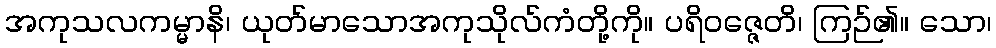
အကုသလကမ္မာနိ၊ ယုတ်မာသောအကုသိုလ်ကံတို့ကို။ ပရိဝဇ္ဇေတိ၊ ကြဉ်၏။ သော၊